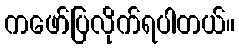
ကဖော်ပြလိုက်ရပါတယ်။